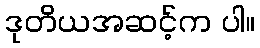
ဒုတိယအဆင့်က ပါ။